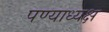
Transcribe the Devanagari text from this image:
पण्याध्यक्ष